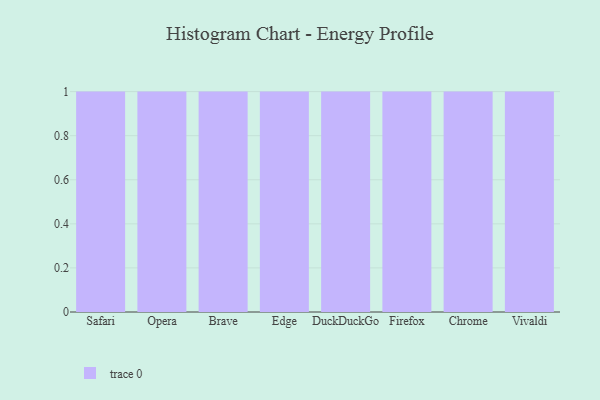
{"axis": {"x": "Browser", "y": "Headcount"}, "legend": [""], "data": [{"x": "Safari", "y": 58, "type": ""}, {"x": "Opera", "y": 51, "type": ""}, {"x": "Brave", "y": 36, "type": ""}, {"x": "Edge", "y": 35, "type": ""}, {"x": "DuckDuckGo", "y": 55, "type": ""}, {"x": "Firefox", "y": 2, "type": ""}, {"x": "Chrome", "y": 92, "type": ""}, {"x": "Vivaldi", "y": 80, "type": ""}]}